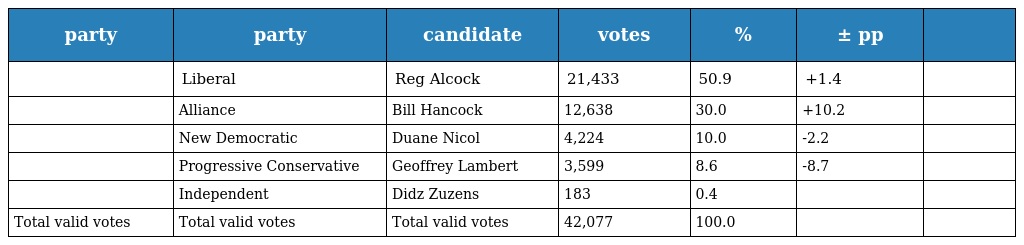
| party | party | candidate | votes | % | ± pp |  |
 | --- | --- | --- | --- | --- | --- | --- |
 |  | Liberal | Reg Alcock | 21,433 | 50.9 | +1.4 |  |
 |  | Alliance | Bill Hancock | 12,638 | 30.0 | +10.2 |  |
 |  | New Democratic | Duane Nicol | 4,224 | 10.0 | -2.2 |  |
 |  | Progressive Conservative | Geoffrey Lambert | 3,599 | 8.6 | -8.7 |  |
 |  | Independent | Didz Zuzens | 183 | 0.4 |  |  |
 | Total valid votes | Total valid votes | Total valid votes | 42,077 | 100.0 |  |  |